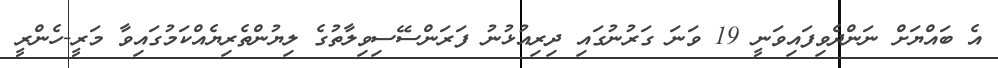
އެ ބައްޔަށް ނަންދެވިފައިވަނީ 19 ވަނަ ގަރުނުގައި ދިރިއުޅުނު ފަރަންސޭސިވިލާތުގެ ލިޔުންތެރިޔެއްކަމުގައިވާ މަރީ-ހެންރީ